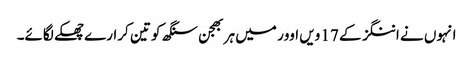
انہوں نے اننگز کے 17 ویں اوور میں ہربھجن سنگھ کو تین کرارے چھکے لگائے۔